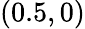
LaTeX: (0.5,0)